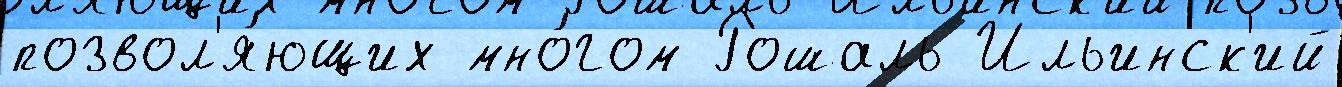
позвол'я́ющих мно́гом Рошаль Ильинск'ий